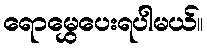
ရောမွှေပေးရပါမယ်။